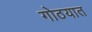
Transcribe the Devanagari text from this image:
गोठयात